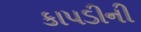
કાપડીની